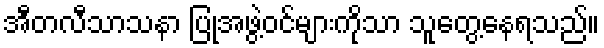
အီတလီသာသနာ ပြုအဖွဲ့ဝင်များကိုသာ သူတွေ့နေရသည်။